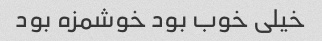
خیلی خوب بود خوشمزه بود